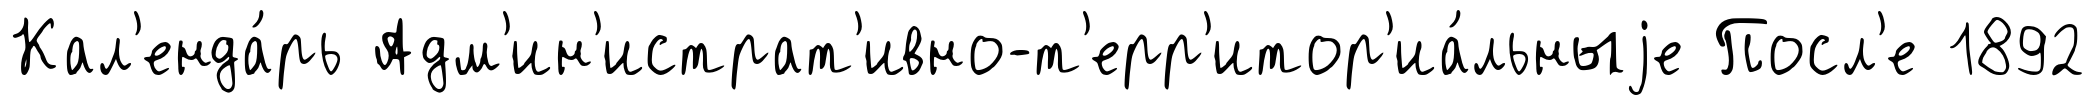
Кал'енда́рь Адм'ин'истрат'ивно-т'ерр'итор'иа́льныjе Посл'е 1892